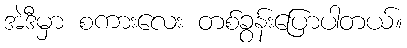
အဲဒီမှာ စကားလေး တစ်ခွန်းပြောပါတယ်။